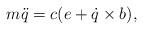
LaTeX: \begin{align*} m \ddot{q} = c(e + \dot{q}\times b),\end{align*}